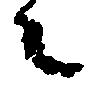
之